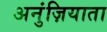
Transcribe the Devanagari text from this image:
अनुंज़ियाता